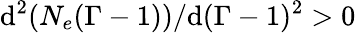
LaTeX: \mathrm{d}^{2}(N_{e}(\Gamma-1))/\mathrm{d}(\Gamma-1)^{2}>0